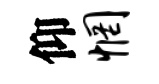
仰惘